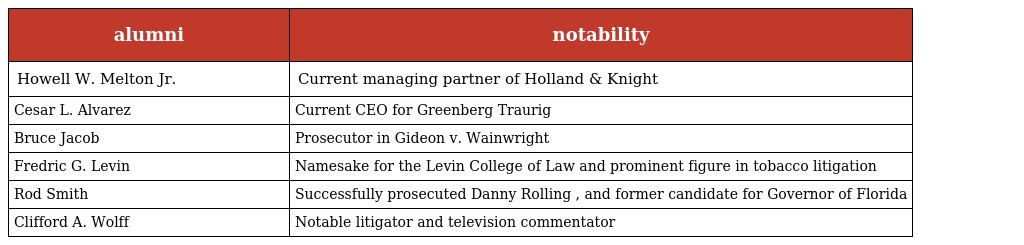
| alumni | notability |
 | --- | --- |
 | Howell W. Melton Jr. | Current managing partner of Holland & Knight |
 | Cesar L. Alvarez | Current CEO for Greenberg Traurig |
 | Bruce Jacob | Prosecutor in Gideon v. Wainwright |
 | Fredric G. Levin | Namesake for the Levin College of Law and prominent figure in tobacco litigation |
 | Rod Smith | Successfully prosecuted Danny Rolling , and former candidate for Governor of Florida |
 | Clifford A. Wolff | Notable litigator and television commentator |